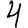
Digit: 4